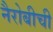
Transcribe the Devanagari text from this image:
नैरोबीची